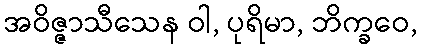
အဝိဇ္ဇာသီသေန ဝါ, ပုရိမာ, ဘိက္ခဝေ,